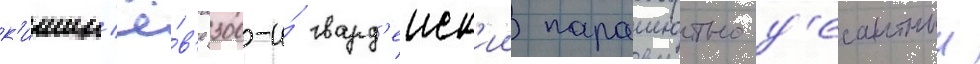
к'ишин'ё́в'е 300-и́ гвард'еиск'ии парашютно-д'есантныи